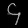
Digit: ၄